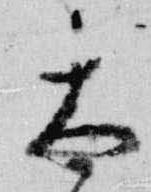
太